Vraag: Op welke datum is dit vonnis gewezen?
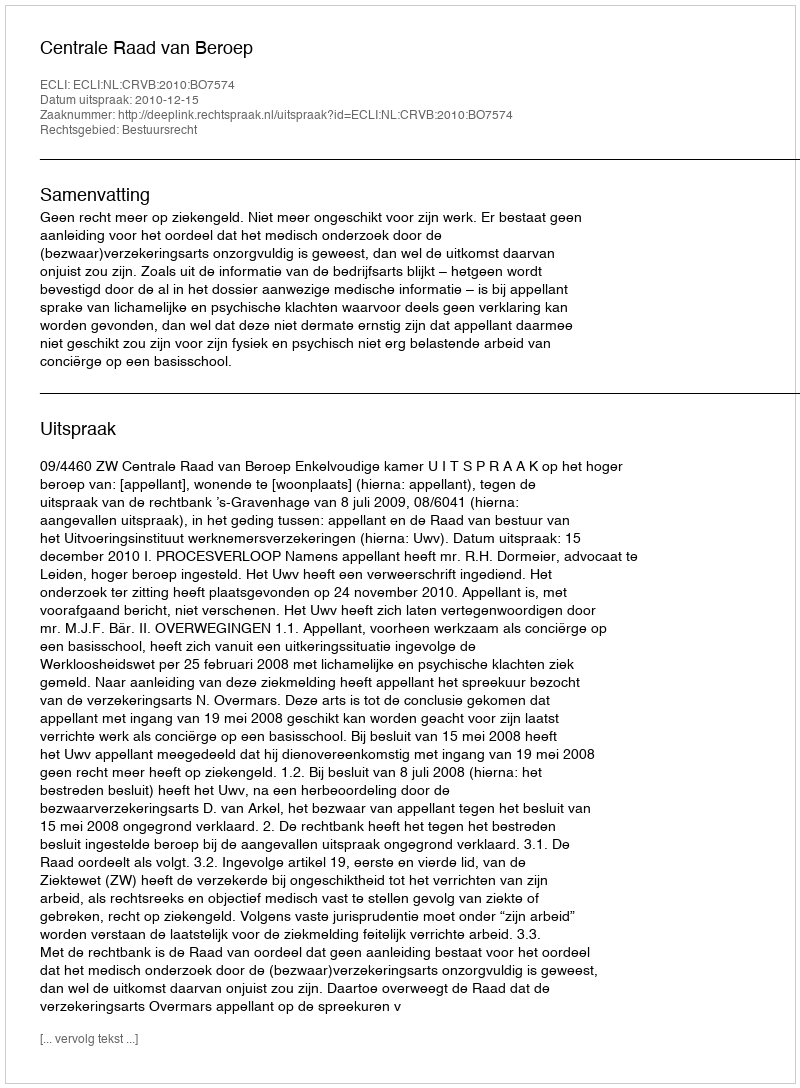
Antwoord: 2010-12-15